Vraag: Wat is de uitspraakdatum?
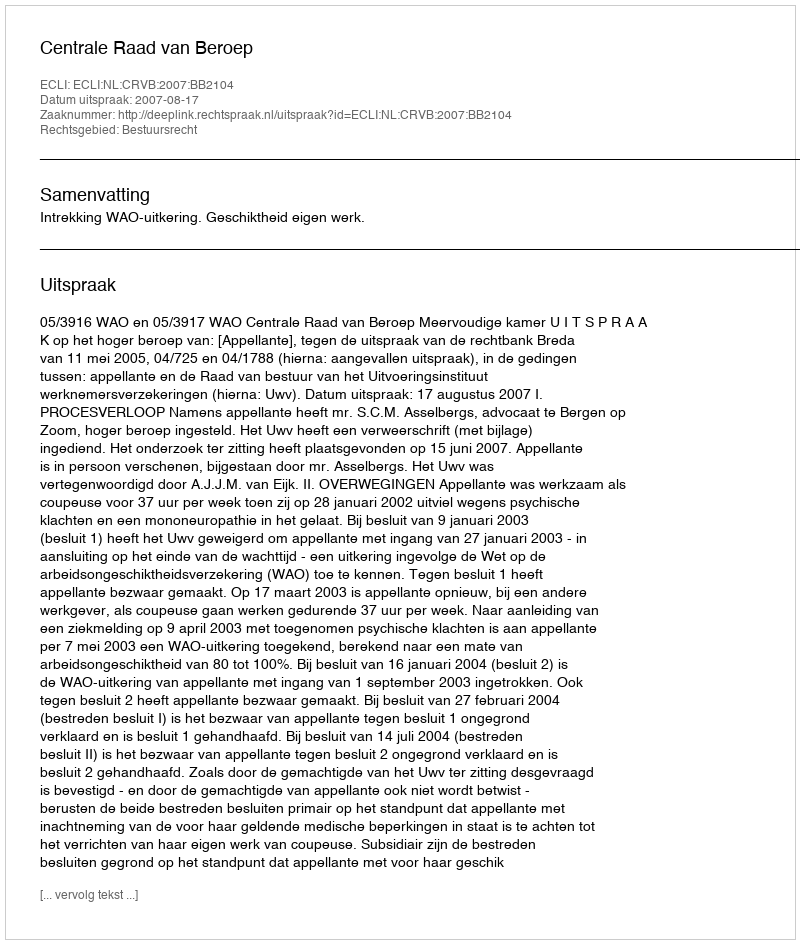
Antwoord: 2007-08-17